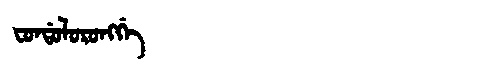
Manchu: ᠸᠣᠨᡩᠣᠯᠣᡵᠣᠩᡤᡝ
Romanization: FONDOLORONGGE